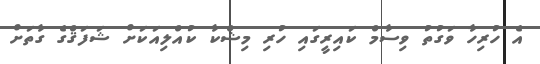
އެ ހުރިހާ ވަގުތު ވިސާމް ކައިރީގައި ހުރި މިޝްކާ ކުއްލިއަކަށް ޝަފަޤްގެ ގާތަށް